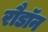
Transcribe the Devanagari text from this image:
रौडॉन